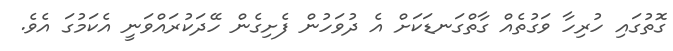
ގޮތުގައި ހުރިހާ ވަގުތެއް ގާތްގަނޑަކަށް އެ ދުވަހުން ފެށިގެން ހޭދަކުރައްވަނީ އެކަމުގަ އެވެ.